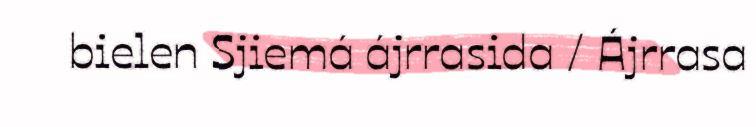
bielen Sjiemá ájrrasida / Ájrrasa